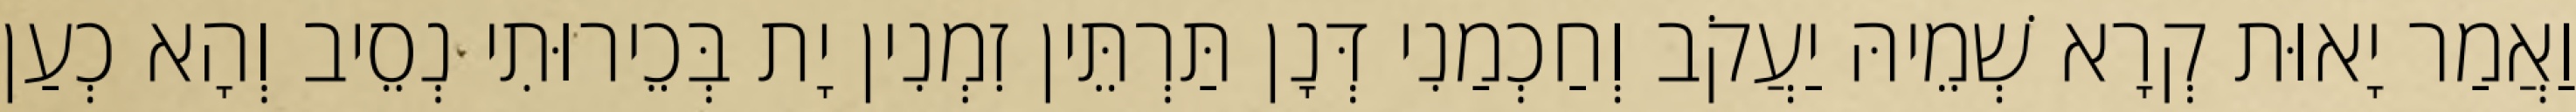
וַאֲמַר יָאוּת קְרָא שְׁמֵיהּ יַעֲקֹב וְחַכְמַנִי דְּנָן תַּרְתֵּין זִמְנִין יָת בְּכֵירוּתִי נְסֵיב וְהָא כְעַן